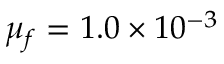
\mu _ { f } = 1 . 0 \times 1 0 ^ { - 3 }